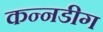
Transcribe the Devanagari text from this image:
कन्नडीग